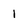
Character: 1